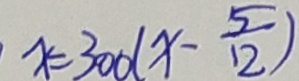
x = 3 0 0 ( x - \frac { 5 } { 1 2 } )